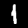
Label: 1